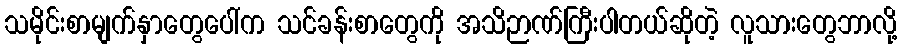
သမိုင်းစာမျက်နှာတွေပေါ်က သင်ခန်းစာတွေကို အသိဉာဏ်ကြီးပါတယ်ဆိုတဲ့ လူသားတွေဘာလို့